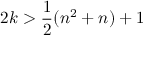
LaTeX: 2 k > { \frac { 1 } { 2 } } ( n ^ { 2 } + n ) + 1